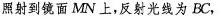
照射到镜面MN上，反射光线为BC，